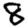
Digit: 8